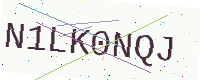
Text: N1LK0NQJ